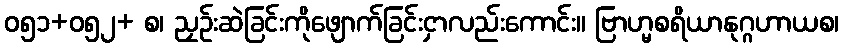
ဝ၅၁+၀၅၂+ စ၊ ညှဉ်းဆဲခြင်းကိုဖျောက်ခြင်းငှာလည်းကောင်း။ ဗြာဟ္မစရိယာနုဂ္ဂဟာယစ၊